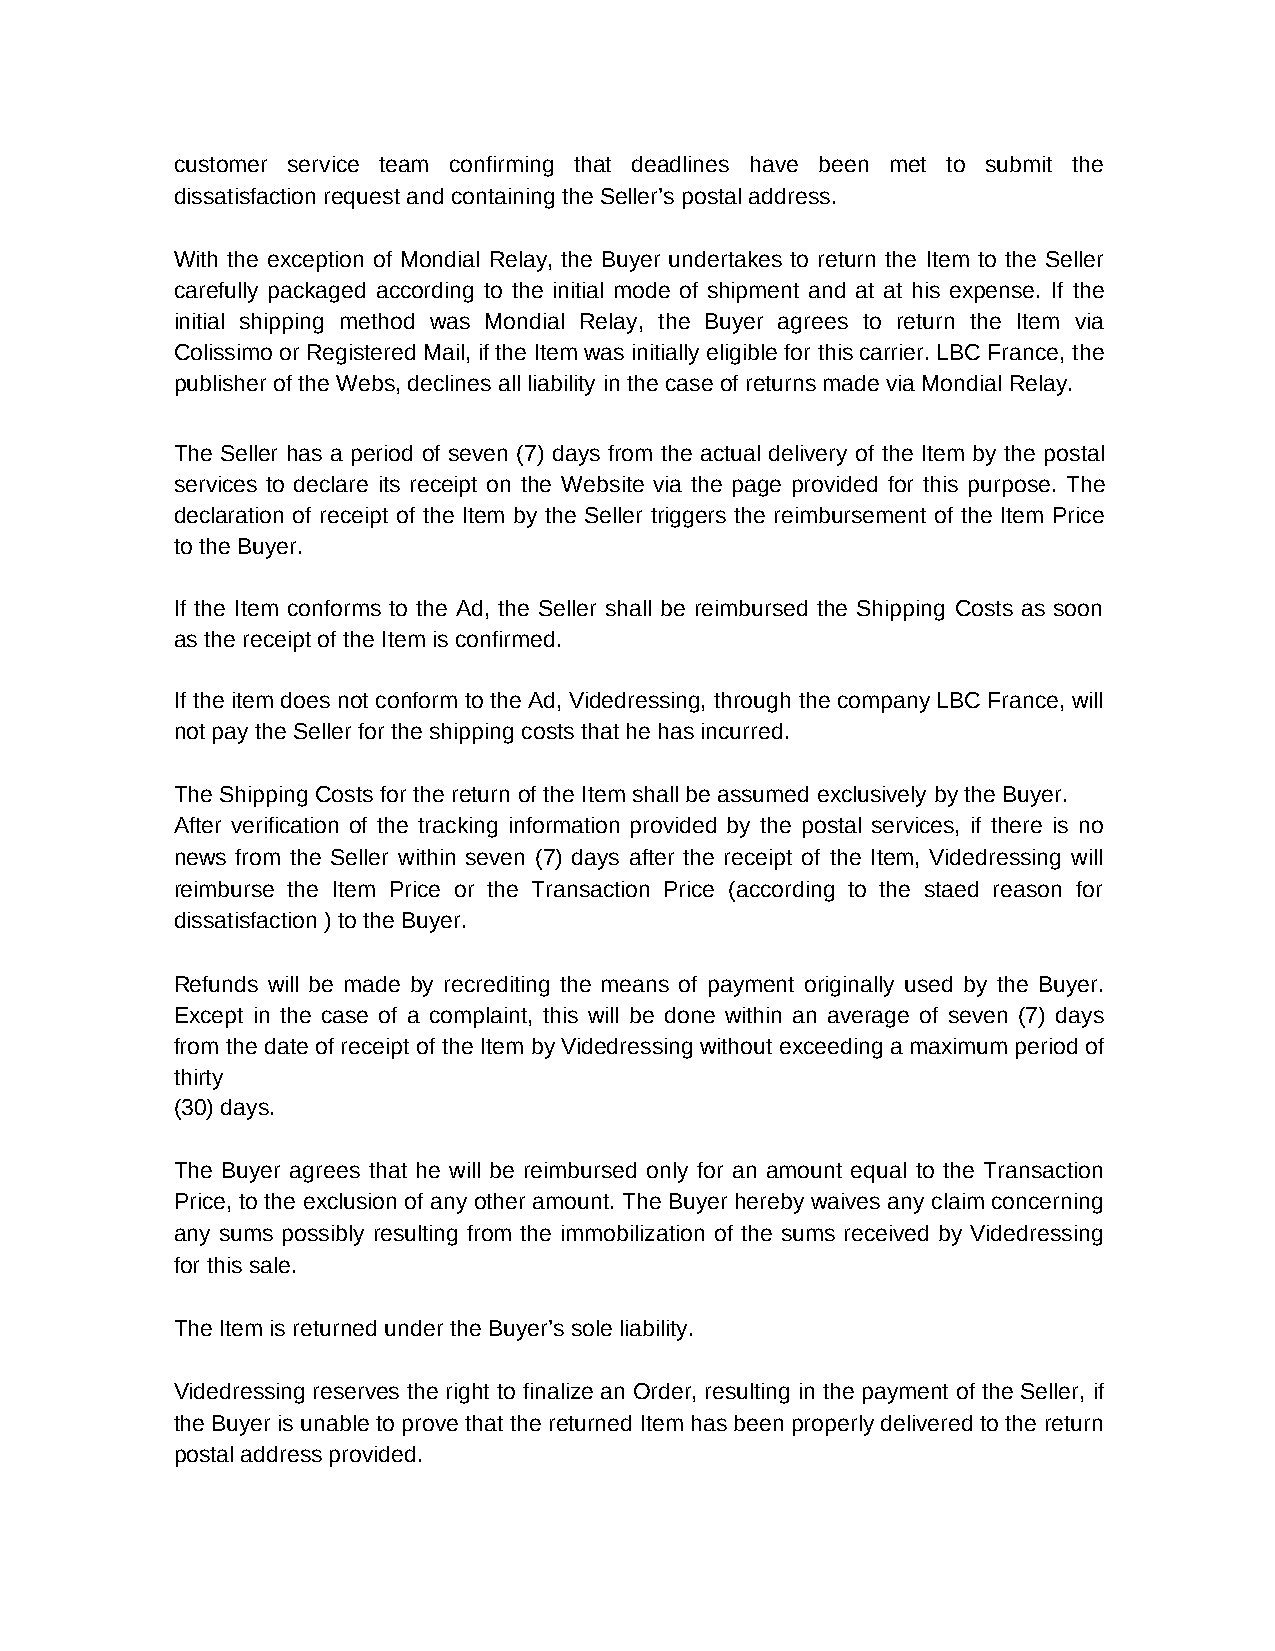
customer service team confirming that deadlines have been met to submit the
 dissatisfaction request and containing the Seller’s postal address.
 With the exception of Mondial Relay, the Buyer undertakes to return the Item to the Seller
 carefully packaged according to the initial mode of shipment and at at his expense. If the
 initial shipping method was Mondial Relay, the Buyer agrees to return the Item via
 Colissimo or Registered Mail, if the Item was initially eligible for this carrier. LBC France, the
 publisher of the Webs, declines all liability in the case of returns made via Mondial Relay.
 The Seller has a period of seven (7) days from the actual delivery of the Item by the postal
 services to declare its receipt on the Website via the page provided for this purpose. The
 declaration of receipt of the Item by the Seller triggers the reimbursement of the Item Price
 to the Buyer.
 If the Item conforms to the Ad, the Seller shall be reimbursed the Shipping Costs as soon
 as the receipt of the Item is confirmed.
 If the item does not conform to the Ad, Videdressing, through the company LBC France, will
 not pay the Seller for the shipping costs that he has incurred.
 The Shipping Costs for the return of the Item shall be assumed exclusively by the Buyer.
 After verification of the tracking information provided by the postal services, if there is no
 news from the Seller within seven (7) days after the receipt of the Item, Videdressing will
 reimburse the Item Price or the Transaction Price (according to the staed reason for
 dissatisfaction ) to the Buyer.
 Refunds will be made by recrediting the means of payment originally used by the Buyer.
 Except in the case of a complaint, this will be done within an average of seven (7) days
 from the date of receipt of the Item by Videdressing without exceeding a maximum period of
 thirty
 (30) days.
 The Buyer agrees that he will be reimbursed only for an amount equal to the Transaction
 Price, to the exclusion of any other amount. The Buyer hereby waives any claim concerning
 any sums possibly resulting from the immobilization of the sums received by Videdressing
 for this sale.
 The Item is returned under the Buyer’s sole liability.
 Videdressing reserves the right to finalize an Order, resulting in the payment of the Seller, if
 the Buyer is unable to prove that the returned Item has been properly delivered to the return
 postal address provided.